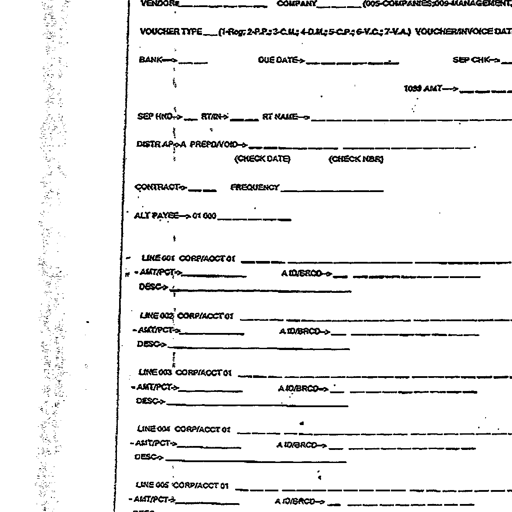
VENDOR# _________________ COMPANY _________ (005-COMPANIES,009-MANAGEMENT,
VOUCHER TYPE ____ (1-Reg, 2-P.P., 3-C.M., 4-D.M., 5-C.P., 6-V.C., 7-V.A.) VOUCHER/INVOICE DAT
BANK --> _________ DUE DATE --> _________________ SEP CHK --> ___
1099 AMT --> _________
SEP HND --> _____ RT/RN --> _____ RT NAME --> ___________________________
DIST/P.A.P.P.A PREPD/VOID --> __________________________________________
(CHECK DATE) (CHECK NBR)
CONTRACT --> ______ FREQUENCY ______________________
ALT PAYEE --> 01 000 ___________________
LINE 001 CORP/ACCT 01 ________________________________________
- AMT/PCT --> ________________ A ID/BRCD --> ________________________
DESC --> ________________________________________
LINE 002 CORP/ACCT 01 ________________________________________
- AMT/PCT --> ________________ A ID/BRCD --> ________________________
DESC --> ________________________________________
LINE 003 CORP/ACCT 01 ________________________________________
- AMT/PCT --> ________________ A ID/BRCD --> ________________________
DESC --> ________________________________________
LINE 004 CORP/ACCT 01 ________________________________________
- AMT/PCT --> ________________ A ID/BRCD --> ________________________
DESC --> ________________________________________
LINE 005 CORP/ACCT 01 ________________________________________
- AMT/PCT --> ________________ A ID/BRCD --> ________________________